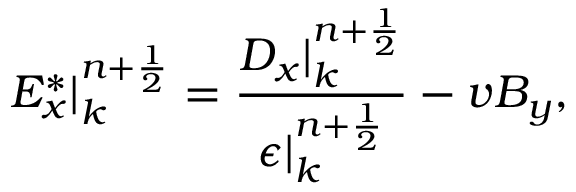
E _ { x } ^ { * } | _ { k } ^ { n + \frac { 1 } { 2 } } = \frac { D _ { x } | _ { k } ^ { n + \frac { 1 } { 2 } } } { \epsilon | _ { k } ^ { n + \frac { 1 } { 2 } } } - v B _ { y } ,